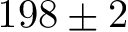
1 9 8 \pm 2